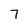
Character: 7